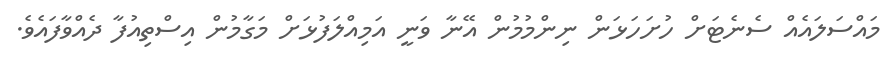
މައްސަލައެއް ސެނެޓަށް ހުށަހަޅަން ނިންމުމުން އޭނާ ވަނީ އަމިއްލަފުޅަށް މަގާމުން އިސްތިއުފާ ދެއްވާފައެވެ.